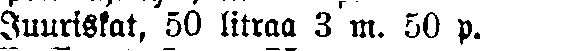
Juuristot, 50 litraa 3 m. 50 p.